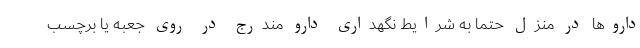
داروها در منزل حتما به شرایط نگهداری دارو مندرج در روی جعبه یا برچسب